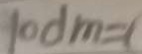
1 0 d m = 1